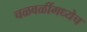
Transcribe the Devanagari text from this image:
चळवळींमध्येच